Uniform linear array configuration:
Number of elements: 4
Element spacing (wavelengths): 0.25
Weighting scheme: kaiser
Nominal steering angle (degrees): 60
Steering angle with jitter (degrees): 61.394
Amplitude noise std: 0.05
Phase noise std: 0.05

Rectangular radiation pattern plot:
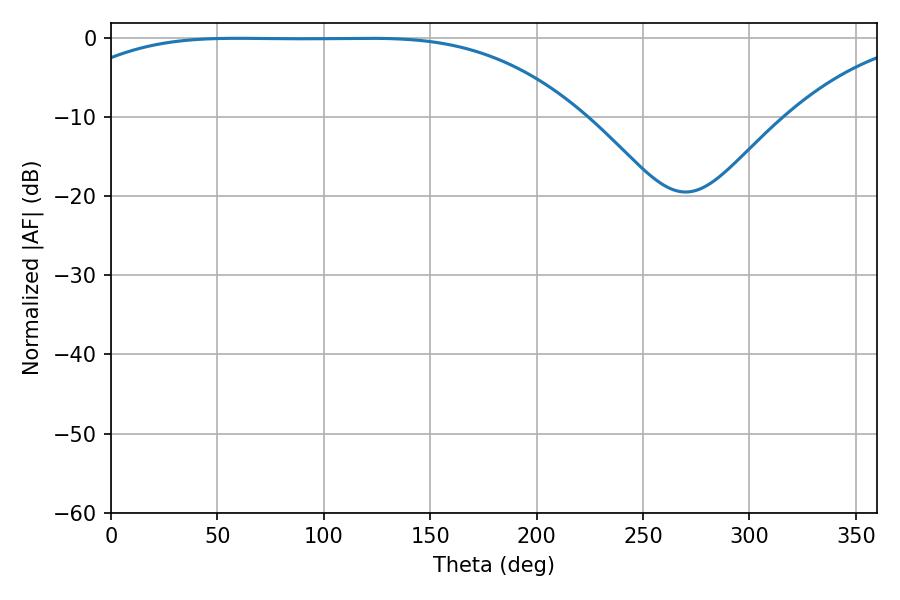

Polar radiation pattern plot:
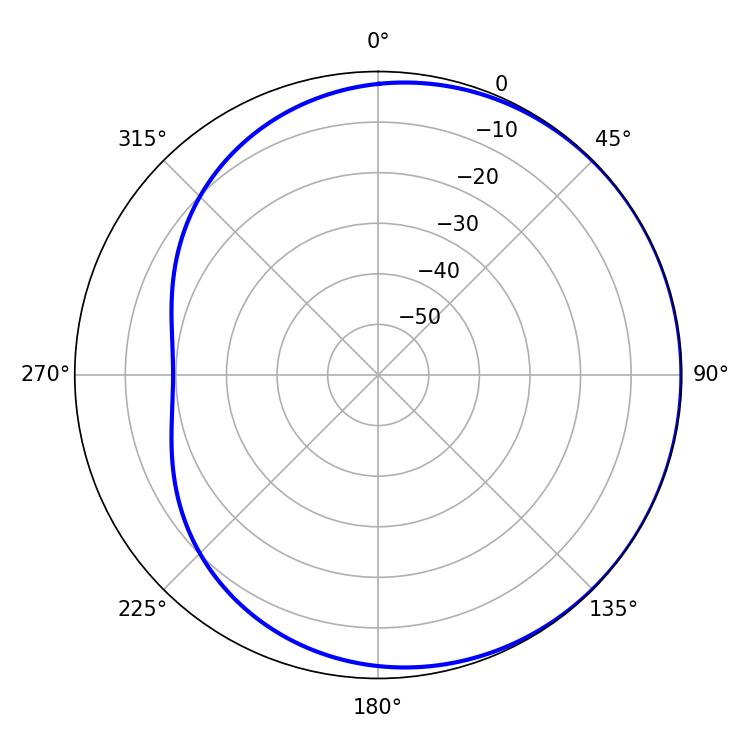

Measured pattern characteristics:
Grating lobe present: FALSE
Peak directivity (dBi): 0.5806
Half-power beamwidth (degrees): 184.86
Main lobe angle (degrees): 59.58